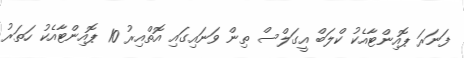
ފަނަރަ ޕޮއިންޓާއެކު ކްލަބް އީގަލްސް ތިން ވަނައިގައި އޮތްއިރު 10 ޕޮއިންޓާއެކު ހަތަރު